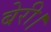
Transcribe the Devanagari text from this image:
बेरी।